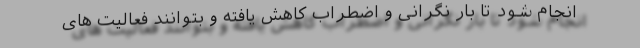
انجام شود تا بار نگرانی و اضطراب کاهش یافته و بتوانند فعالیت های